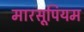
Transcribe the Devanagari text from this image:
मारसूपियम